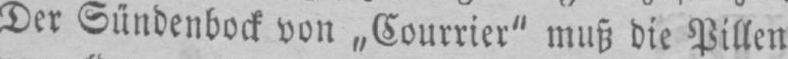
Der Sündenbock von „Courrier“ muß die Pillen